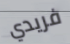
فريدي